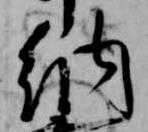
納